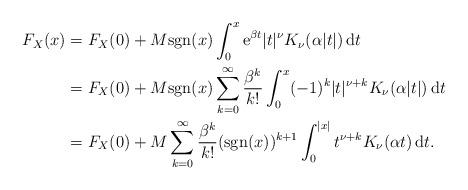
LaTeX: \begin{align*}F_X(x)&=F_X(0)+M\mathrm{sgn}(x)\int_0^x\mathrm{e}^{\beta t}|t|^\nu K_{\nu}(\alpha |t|)\,\mathrm{d}t\\&=F_X(0)+M\mathrm{sgn}(x)\sum_{k=0}^\infty\frac{\beta^k}{k!}\int_0^x (-1)^k|t|^{\nu+k}K_\nu(\alpha |t|)\,\mathrm{d}t\\&=F_X(0)+M\sum_{k=0}^\infty\frac{\beta^k}{k!}(\mathrm{sgn}(x))^{k+1}\int_0^{|x|} t^{\nu+k}K_\nu(\alpha t)\,\mathrm{d}t.\end{align*}